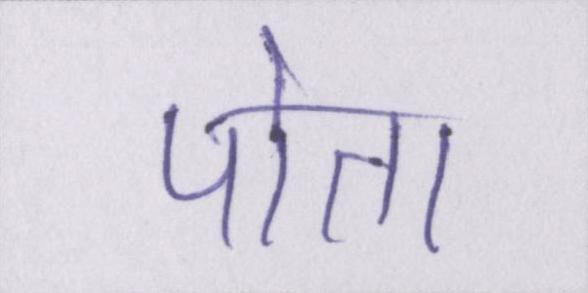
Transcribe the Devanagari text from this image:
पोता